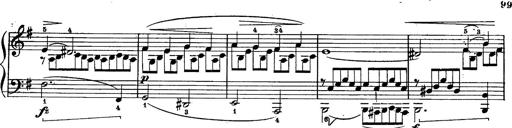
Title: Schubert's Impromptus [revised and edited by Franz Liszt]
Composer: Franz Liszt